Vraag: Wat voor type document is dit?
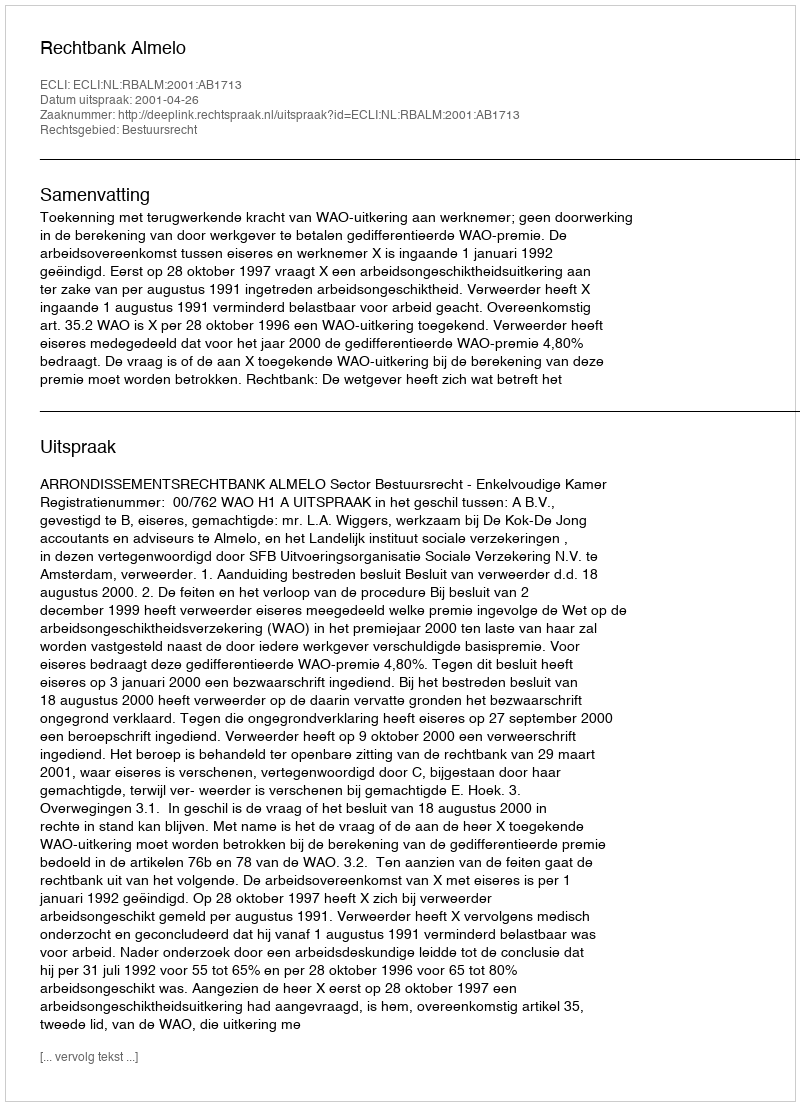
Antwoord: Uitspraak